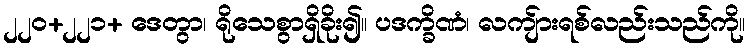
၂၂၀+၂၂၁+ ဒေတွာ၊ ရိုသေစွာရှိခိုး၍။ ပဒက္ခိဏံ၊ လကျ်ားရစ်လည်းသည်ကို။